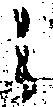
之